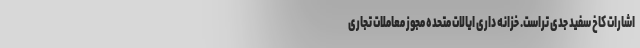
اشارات کاخ سفید جدی تراست. خزانه داری ایالات متحده مجوز معاملات تجاری